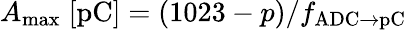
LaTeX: A_{\mathrm{max}}\; \mathrm{[pC]}=(1023-p)/f_{\mathrm{ADC\to pC}}